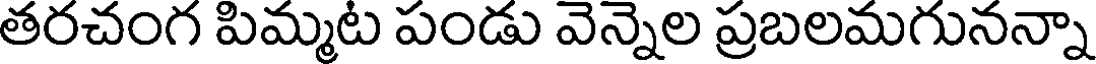
తరచంగ పిమ్మట పండు వెన్నెల ప్రబలమగునన్నా